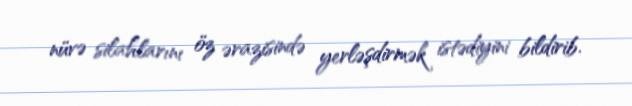
nüvə silahlarını öz ərazisində yerləşdirmək istədiyini bildirib.